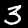
Label: 3